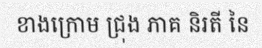
ខាងក្រោម ជ្រុង ភាគ និរតី នៃ